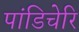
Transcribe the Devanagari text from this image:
पांडिचेरि